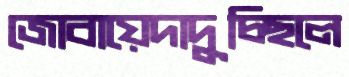
জোবায়েদাদুচ্ছিলে